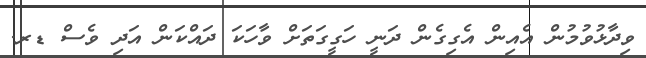
ވިދާޅުވުމުން އެއިން އެގިގެން ދަނީ ހަގީގަތަށް ވާހަކަ ދައްކަން އަދި ވެސް ޑރ.